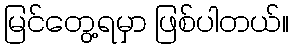
မြင်တွေ့ရမှာ ဖြစ်ပါတယ်။